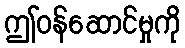
ဤဝန်ဆောင်မှုကို